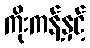
ကိုးကန့်နှင့်